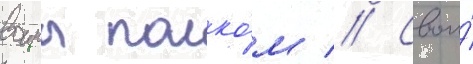
воины полко́м // Свои́